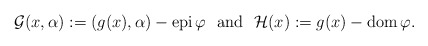
\begin{align*} \mathcal{G}(x,\alpha):=(g(x),\alpha)-{\rm epi}\,\varphi \ \ {\rm and}\ \ \mathcal{H}(x):=g(x)-{\rm dom}\,\varphi. \end{align*}